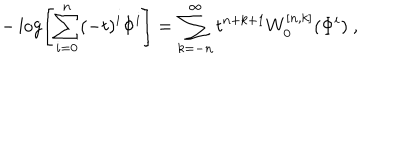
- \log \left[ \sum _ { i = 0 } ^ { n } ( - t ) ^ { i } \Phi ^ { i } \right] = \sum _ { k = - n } ^ { \infty } t ^ { n + k + 1 } W _ { 0 } ^ { [ n , k ] } ( \Phi ^ { i } ) ~ ,